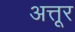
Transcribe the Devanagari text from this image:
अत्तूर